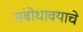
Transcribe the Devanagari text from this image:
संबोधावयाचे